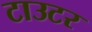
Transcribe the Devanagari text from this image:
टाउटर